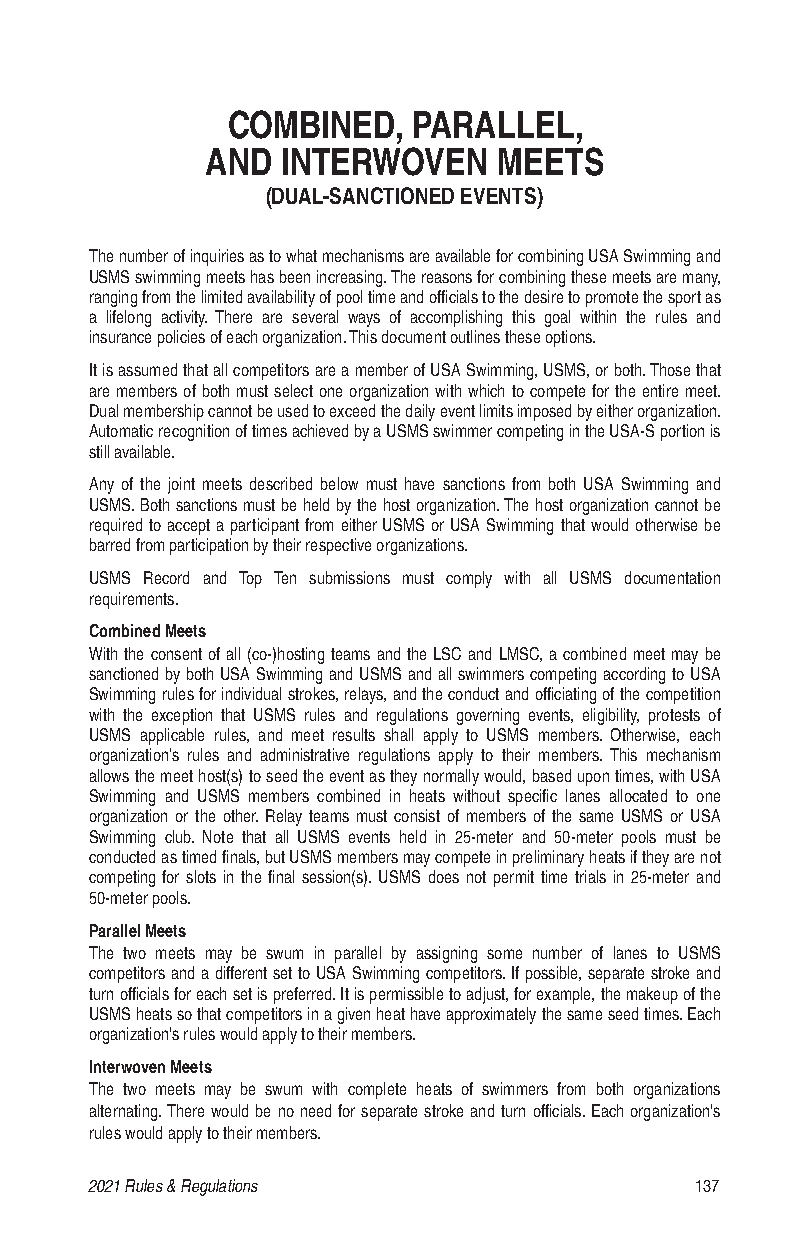
COMBINED,   PARALLEL,
 AND  INTERWOVEN    MEETS
 (DUAL-SANCTIONED EVENTS)
 The number of inquiries as to what mechanisms are available for combining USA Swimming and
 USMS swimming meets has been increasing. The reasons for combining these meets are many,
 ranging from the limited availability of pool time and officials to the desire to promote the sport as
 a lifelong activity. There are several ways of accomplishing this goal within the rules and
 insurance policies of each organization. This document outlines these options.
 It is assumed that all competitors are a member of USA Swimming, USMS, or both. Those that
 are members of both must select one organization with which to compete for the entire meet.
 Dual membership cannot be used to exceed the daily event limits imposed by either organization.
 Automatic recognition of times achieved by a USMS swimmer competing in the USA-S portion is
 still available.
 Any of the joint meets described below must have sanctions from both USA Swimming and
 USMS. Both sanctions must be held by the host organization. The host organization cannot be
 required to accept a participant from either USMS or USA Swimming that would otherwise be
 barred from participation by their respective organizations.
 USMS Record and Top Ten submissions must comply with all USMS documentation
 requirements.
 Combined Meets
 With the consent of all (co-)hosting teams and the LSC and LMSC, a combined meet may be
 sanctioned by both USA Swimming and USMS and all swimmers competing according to USA
 Swimming rules for individual strokes, relays, and the conduct and officiating of the competition
 with the exception that USMS rules and regulations governing events, eligibility, protests of
 USMS applicable rules, and meet results shall apply to USMS members. Otherwise, each
 organization’s rules and administrative regulations apply to their members. This mechanism
 allows the meet host(s) to seed the event as they normally would, based upon times, with USA
 Swimming and USMS members combined in heats without specific lanes allocated to one
 organization or the other. Relay teams must consist of members of the same USMS or USA
 Swimming club. Note that all USMS events held in 25-meter and 50-meter pools must be
 conducted as timed finals, but USMS members may compete in preliminary heats if they are not
 competing for slots in the final session(s). USMS does not permit time trials in 25-meter and
 50-meter pools.
 Parallel Meets
 The two meets may be swum in parallel by assigning some number of lanes to USMS
 competitors and a different set to USA Swimming competitors. If possible, separate stroke and
 turn officials for each set is preferred. It is permissible to adjust, for example, the makeup of the
 USMS heats so that competitors in a given heat have approximately the same seed times. Each
 organization's rules would apply to their members.
 Interwoven Meets
 The two meets may be swum with complete heats of swimmers from both organizations
 alternating. There would be no need for separate stroke and turn officials. Each organization's
 rules would apply to their members.
 2021 Rules & Regulations                137